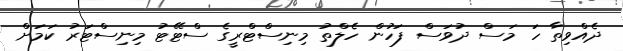
ދެއްވިތާ ހަ މަސް ދުވަސް ފަހުން ހެލްތު މިނިސްޓްރީގެ ސްޓޭޓު މިނިސްޓަރު ކަމަށް